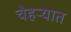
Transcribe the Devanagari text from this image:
चेहऱ्यात